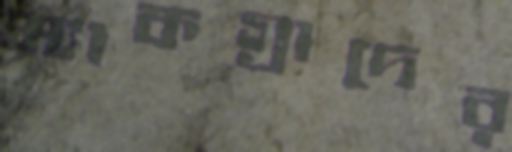
ম্যাকগ্রাদের